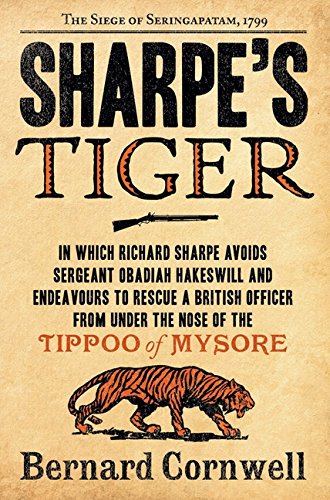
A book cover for Sharpe's Tiger (Richard Sharpe's Adventure Series #1); Bernard Cornwell; Literature & Fiction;